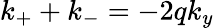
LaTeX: k_{+}+k_{-}=-2qk_{y}